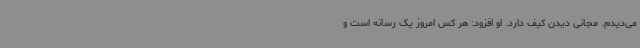
می‌دیدم. مجانی دیدن کیف دارد. او افزود: هر کس امروز یک رسانه است و